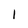
Character: l